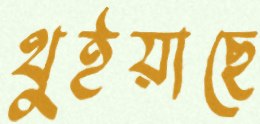
থুইয়াছে